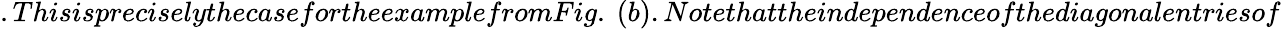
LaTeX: .ThisispreciselythecasefortheexamplefromFig.~(b).Notethattheindependenceofthediagonalentriesof